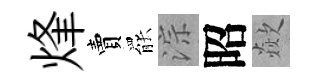
烽賣罷淙昭歘